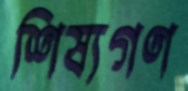
শিষ্যগণ